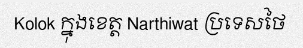
Kolok ក្នុងខេត្ត Narthiwat ប្រទេសថៃ